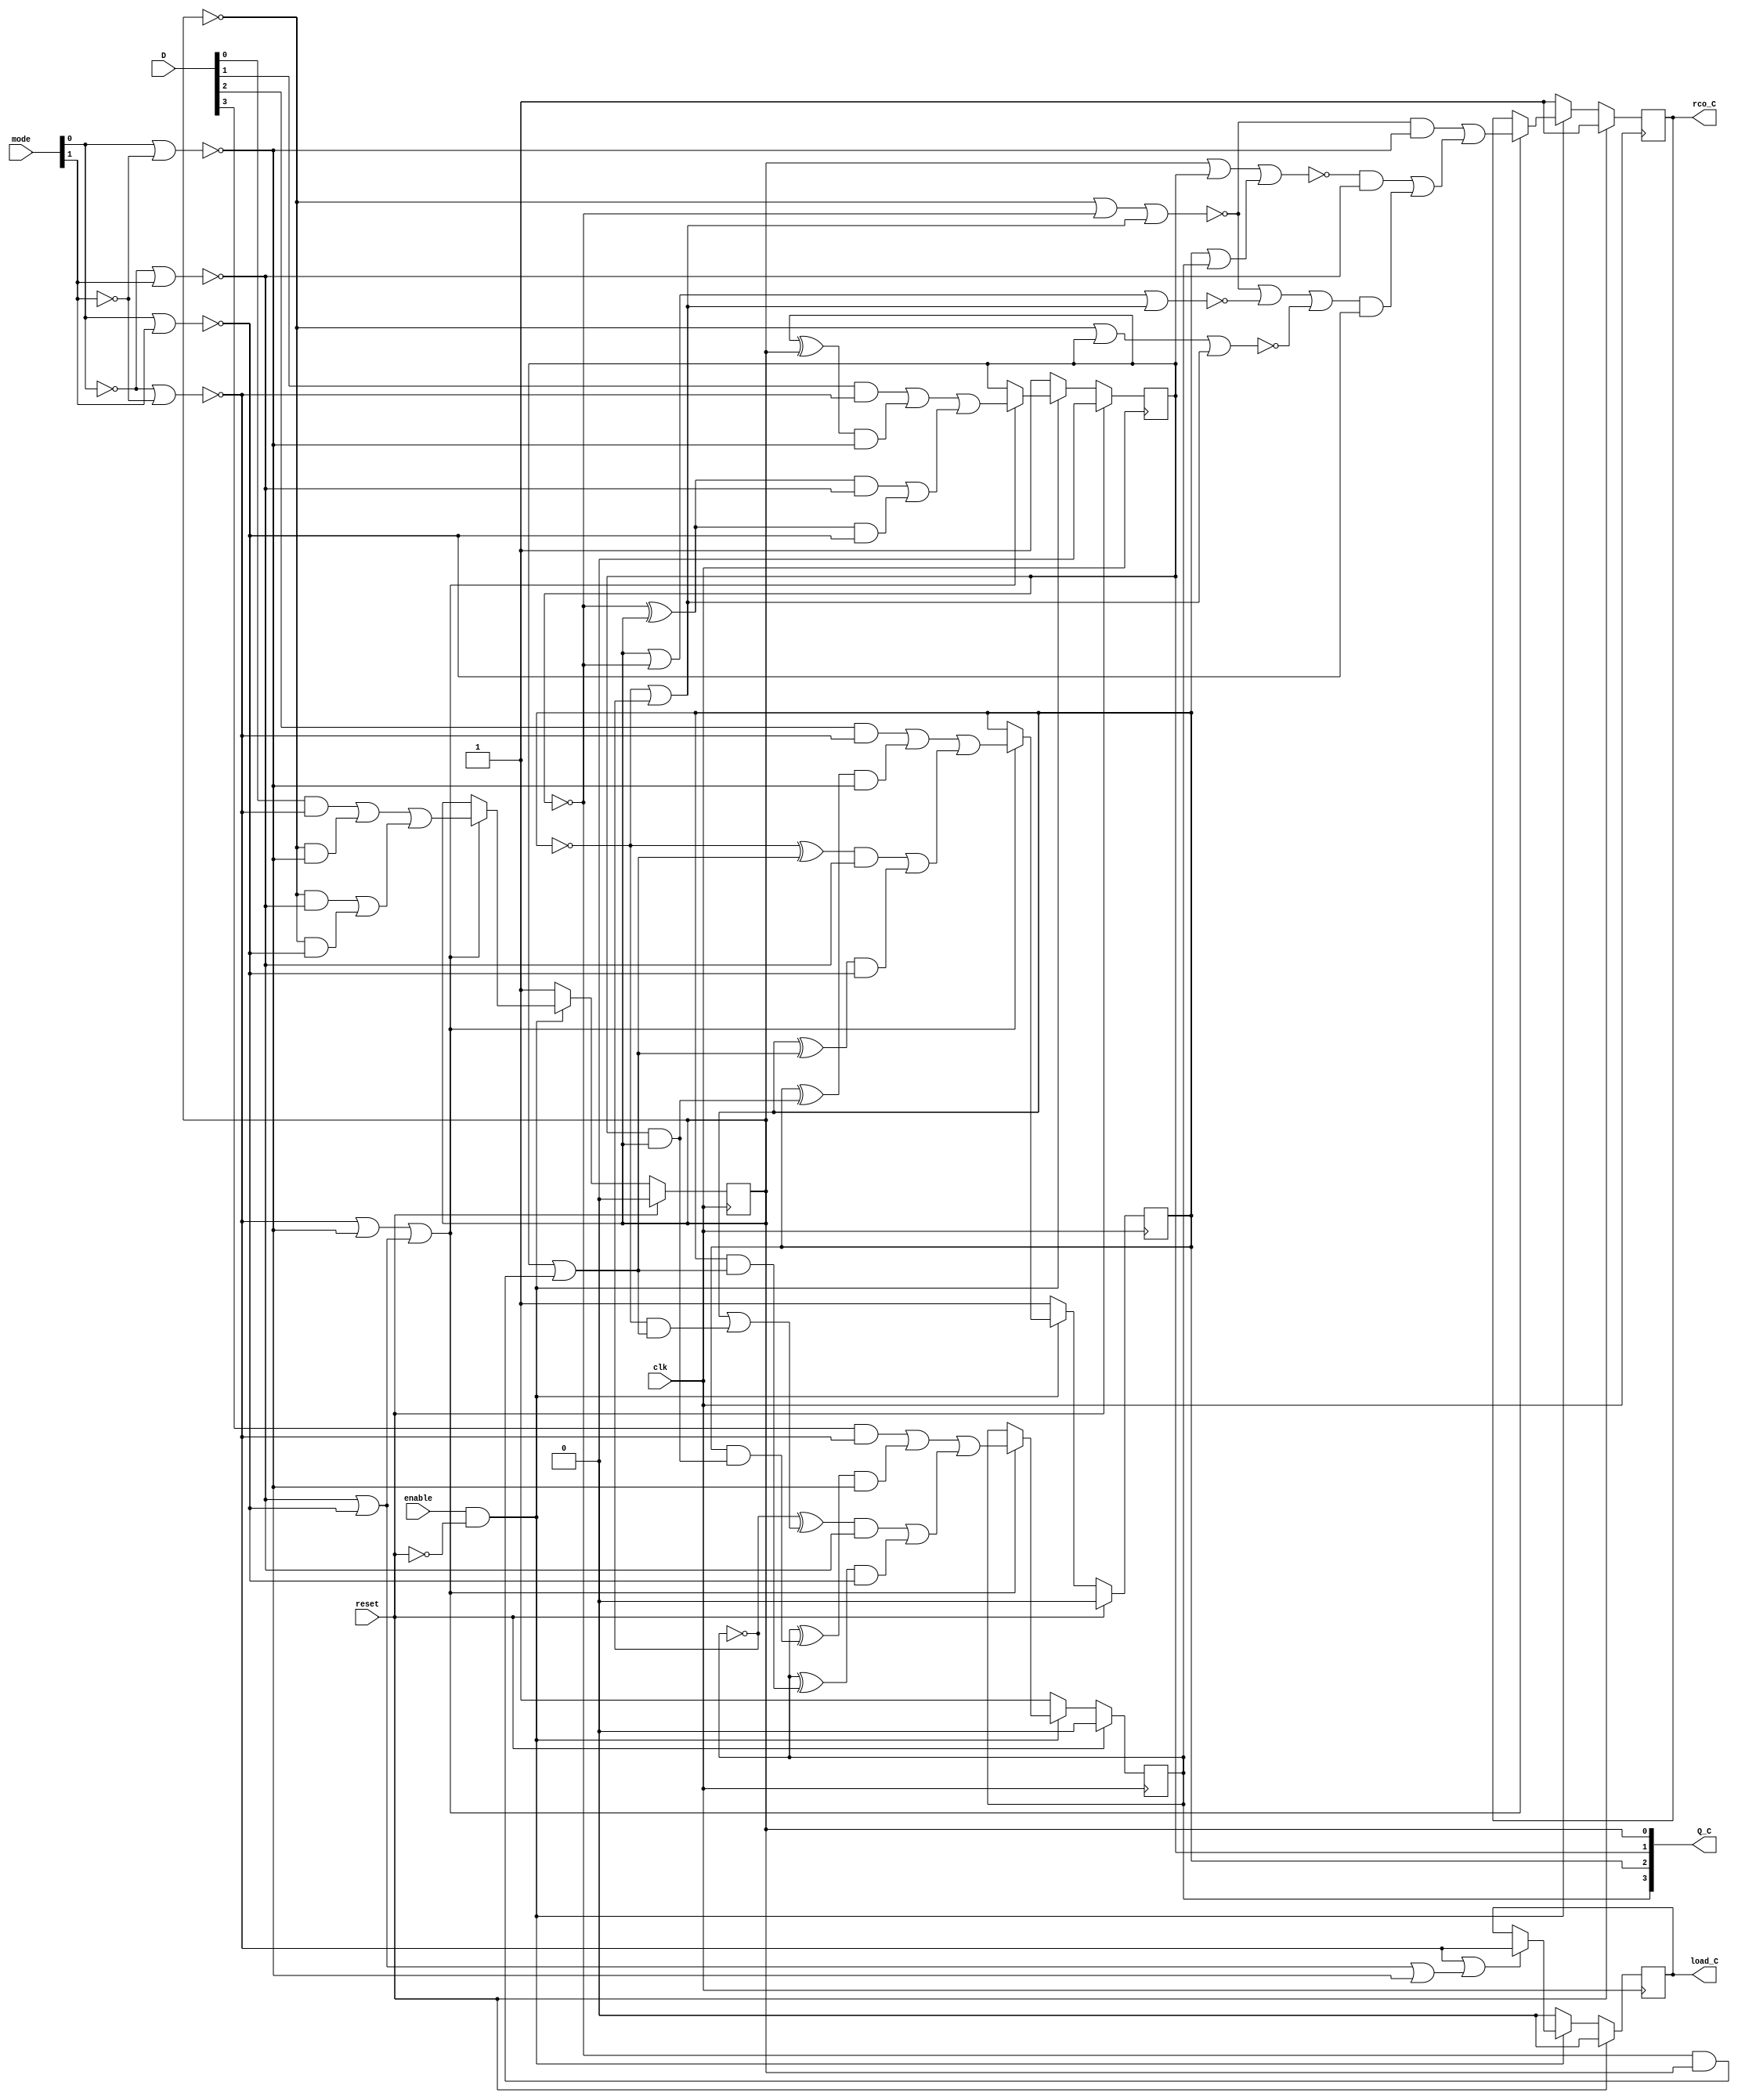
/* Generated by Yosys 0.7 (git sha1 61f6811, gcc 6.2.0-11ubuntu1 -O2 -fdebug-prefix-map=/build/yosys-OIL3SR/yosys-0.7=. -fstack-protector-strong -fPIC -Os) */

module counter_C(enable, clk, reset, mode, D, load_C, rco_C, Q_C);
  wire [3:0] _000_;
  wire _001_;
  wire _002_;
  wire [31:0] _003_;
  wire [31:0] _004_;
  wire _005_;
  wire _006_;
  wire [1:0] _007_;
  wire [1:0] _008_;
  wire [1:0] _009_;
  wire [1:0] _010_;
  wire [1:0] _011_;
  wire [1:0] _012_;
  wire [1:0] _013_;
  wire [1:0] _014_;
  wire [1:0] _015_;
  wire [1:0] _016_;
  wire _017_;
  wire _018_;
  wire [3:0] _019_;
  wire [1:0] _020_;
  wire _021_;
  wire _022_;
  wire _023_;
  wire _024_;
  wire _025_;
  wire _026_;
  wire _027_;
  wire _028_;
  wire _029_;
  wire _030_;
  wire _031_;
  wire _032_;
  wire _033_;
  wire _034_;
  wire [3:0] _035_;
  wire _036_;
  wire _037_;
  wire _038_;
  wire _039_;
  wire _040_;
  wire _041_;
  wire _042_;
  wire _043_;
  wire _044_;
  wire [15:0] _045_;
  wire [3:0] _046_;
  wire [3:0] _047_;
  wire [3:0] _048_;
  wire [31:0] _049_;
  wire [31:0] _050_;
  wire [31:0] _051_;
  wire _052_;
  wire _053_;
  wire [31:0] _054_;
  wire _055_;
  wire _056_;
  input [3:0] D;
  output [3:0] Q_C;
  reg [3:0] Q_C;
  input clk;
  input enable;
  output load_C;
  reg load_C;
  input [1:0] mode;
  output rco_C;
  reg rco_C;
  input reset;
  assign _005_ = _006_ | _039_;
  assign _007_[0] = Q_C[0] | _019_[1];
  assign _021_ = _007_[0] | _007_[1];
  assign _008_[0] = _003_[0] | Q_C[1];
  assign _022_ = _008_[0] | _007_[1];
  assign _009_[0] = _003_[0] | _019_[1];
  assign _007_[1] = _019_[2] | _019_[3];
  assign _023_ = _009_[0] | _007_[1];
  assign _024_ = _020_[0] | _020_[1];
  assign _025_ = mode[0] | _020_[1];
  assign _026_ = _020_[0] | mode[1];
  assign _010_[1] = _035_[2] | _035_[3];
  assign _036_ = _010_[0] | _010_[1];
  assign _052_ = _011_[0] | _006_;
  assign _053_ = _038_ | _005_;
  assign _012_[0] = _045_[2] | _045_[6];
  assign _012_[1] = _045_[10] | _045_[14];
  assign _046_[2] = _012_[0] | _012_[1];
  assign _013_[0] = _045_[3] | _045_[7];
  assign _013_[1] = _045_[11] | _045_[15];
  assign _046_[3] = _013_[0] | _013_[1];
  assign _014_[0] = _045_[1] | _045_[5];
  assign _014_[1] = _045_[9] | _045_[13];
  assign _046_[1] = _014_[0] | _014_[1];
  assign _015_[0] = _045_[0] | _045_[4];
  assign _015_[1] = _045_[8] | _045_[12];
  assign _046_[0] = _015_[0] | _015_[1];
  assign _011_[0] = _038_ | _039_;
  assign _006_ = _040_ | _041_;
  assign _016_[0] = Q_C[0] | Q_C[1];
  assign _016_[1] = Q_C[2] | Q_C[3];
  assign _017_ = _016_[0] | _016_[1];
  assign _018_ = mode[0] | mode[1];
  assign _029_ = ~_021_;
  assign _030_ = ~_022_;
  assign _031_ = ~_017_;
  assign _028_ = ~_023_;
  assign _038_ = ~_024_;
  assign _039_ = ~_025_;
  assign _040_ = ~_026_;
  assign _041_ = ~_018_;
  assign _032_ = enable & _027_;
  assign _034_ = _028_ | _029_;
  assign _033_ = _034_ | _030_;
  assign _042_ = _032_ ? _037_ : 1'b1;
  assign _002_ = reset ? 1'b1 : _042_;
  assign _044_ = _032_ ? _043_ : 1'b0;
  assign _001_ = reset ? 1'b0 : _044_;
  assign _048_[0] = _032_ ? _047_[0] : 1'b1;
  assign _048_[1] = _032_ ? _047_[1] : 1'b1;
  assign _048_[2] = _032_ ? _047_[2] : 1'b1;
  assign _048_[3] = _032_ ? _047_[3] : 1'b1;
  assign _000_[0] = reset ? 1'b0 : _048_[0];
  assign _000_[1] = reset ? 1'b0 : _048_[1];
  assign _000_[2] = reset ? 1'b0 : _048_[2];
  assign _000_[3] = reset ? 1'b0 : _048_[3];
  assign _037_ = _052_ ? _036_ : rco_C;
  assign _043_ = _053_ ? _038_ : load_C;
  assign _047_[0] = _052_ ? _046_[0] : Q_C[0];
  assign _047_[1] = _052_ ? _046_[1] : Q_C[1];
  assign _047_[2] = _052_ ? _046_[2] : Q_C[2];
  assign _047_[3] = _052_ ? _046_[3] : Q_C[3];
  assign _027_ = ~reset;
  always @(posedge clk)
      Q_C[0] <= _000_[0];
  always @(posedge clk)
      Q_C[1] <= _000_[1];
  always @(posedge clk)
      Q_C[2] <= _000_[2];
  always @(posedge clk)
      Q_C[3] <= _000_[3];
  always @(posedge clk)
      load_C <= _001_;
  always @(posedge clk)
      rco_C <= _002_;
  assign _055_ = _019_[1] & Q_C[0];
  assign _050_[2] = Q_C[2] & _050_[1];
  assign _056_ = _019_[2] & _050_[1];
  assign _050_[1] = Q_C[1] | _055_;
  assign _054_[2] = Q_C[2] | _056_;
  assign _051_[1] = Q_C[1] & Q_C[0];
  assign _051_[2] = Q_C[2] & _051_[1];
  assign _020_[1] = mode[1] ^ 1'b1;
  assign _020_[0] = mode[0] ^ 1'b1;
  assign _035_[3] = _033_ & _041_;
  assign _035_[2] = _031_ & _040_;
  assign _010_[0] = _028_ & _039_;
  assign _045_[12] = _003_[0] & _041_;
  assign _045_[13] = _003_[1] & _041_;
  assign _045_[14] = _003_[2] & _041_;
  assign _045_[15] = _003_[3] & _041_;
  assign _045_[8] = _003_[0] & _040_;
  assign _045_[9] = _003_[1] & _040_;
  assign _045_[10] = _049_[2] & _040_;
  assign _045_[11] = _049_[3] & _040_;
  assign _045_[4] = _003_[0] & _039_;
  assign _045_[5] = _004_[1] & _039_;
  assign _045_[6] = _004_[2] & _039_;
  assign _045_[7] = _004_[3] & _039_;
  assign _045_[0] = D[0] & _038_;
  assign _045_[1] = D[1] & _038_;
  assign _045_[2] = D[2] & _038_;
  assign _045_[3] = D[3] & _038_;
  assign _003_[0] = Q_C[0] ^ 1'b1;
  assign _019_[1] = Q_C[1] ^ 1'b1;
  assign _003_[1] = _019_[1] ^ Q_C[0];
  assign _003_[2] = Q_C[2] ^ _050_[1];
  assign _003_[3] = Q_C[3] ^ _050_[2];
  assign _019_[2] = Q_C[2] ^ 1'b1;
  assign _019_[3] = Q_C[3] ^ 1'b1;
  assign _049_[2] = _019_[2] ^ _050_[1];
  assign _049_[3] = _019_[3] ^ _054_[2];
  assign _004_[1] = Q_C[1] ^ Q_C[0];
  assign _004_[2] = Q_C[2] ^ _051_[1];
  assign _004_[3] = Q_C[3] ^ _051_[2];
endmodule